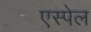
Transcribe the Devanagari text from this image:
एस्पेल